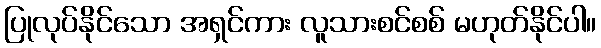
ပြုလုပ်နိုင်သော အရှင်ကား လူသားစင်စစ် မဟုတ်နိုင်ပါ။